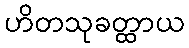
ဟိတသုခတ္ထာယ